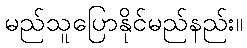
မည်သူပြောနိုင်မည်နည်း။